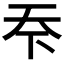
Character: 𬻊